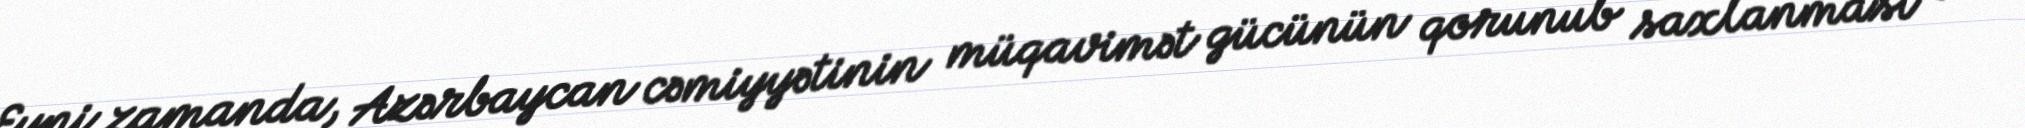
Eyni zamanda, Azərbaycan cəmiyyətinin müqavimət gücünün qorunub saxlanması və